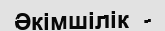
Әкімшілік  -